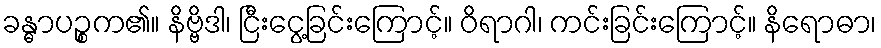
ခန္ဓာပဉ္စက၏။ နိဗ္ဗိဒါ၊ ငြီးငွေ့ခြင်းကြောင့်။ ဝိရာဂါ၊ ကင်းခြင်းကြောင့်။ နိရောဓာ၊